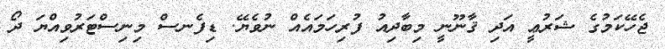
ޖެހޭކަމުގެ ޝަރުޢީ އަދި ޤާނޫނީ މިބާދިއު ފުރިހަމައެއް ނުވެޔޭ. ޑިފެނސް މިނިސްޓަރުވިއްޔަ ދޯ